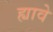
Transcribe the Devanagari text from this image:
ह्यावे